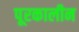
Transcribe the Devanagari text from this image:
पूरकालीन